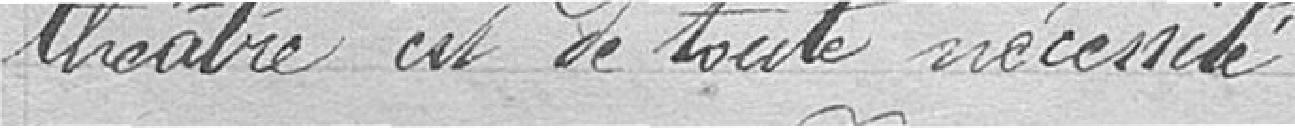
théâtre est de toute nécessité ;